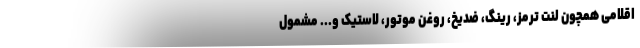
اقلامی همچون لنت ترمز، رینگ، ضدیخ، روغن موتور، لاستیک و... مشمول